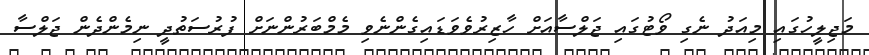
މަޖިލީހުގައި މިއަދު ނެގި ވޯޓުގައި ޖަލްސާއަށް ހާޒިރުވެވަޑައިގެންނެވި މެމްބަރުންނަށް ފުރުސަތުދީ ނިމެންދެން ޖަލްސާ